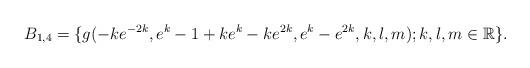
LaTeX: \begin{align*} B_{1,4}=\{g(-ke^{-2k},e^{k}-1+ke^{k}-ke^{2k},e^{k}-e^{2k},k,l,m); k, l, m \in \mathbb R\}. \end{align*}